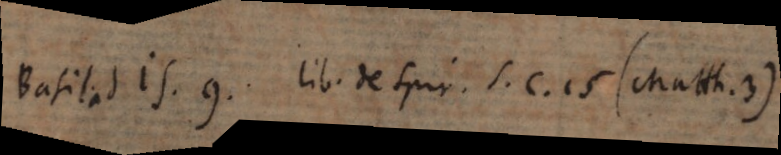
Basil. ad Is. 9; Lib. de Spir. S. c. 15 (Matth. 3)